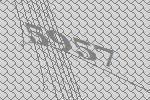
5957